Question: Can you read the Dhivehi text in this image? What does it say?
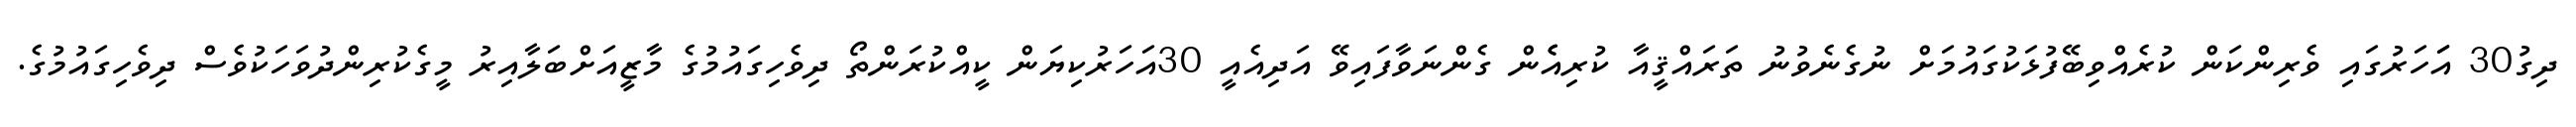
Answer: ދިގު30 އަަހަރުގައި ވެރިންކަން ކުރެއްވިބޭފުޅަކުގައުމަށް ނުގެނެވުނު ތަރައްޤީއާ ކުރިއެެން ގެންނަވާފައިވޭ އަދިއެއީ 30އަހަރުކިޔަން ކީއްކުރަންތޯ ދިވެހިގައުމުގެ މާޒީއަށްބަލާއިރު މީގެކުރިންދުވަހަކުވެސް ދިވެހިގައުމުގެ.